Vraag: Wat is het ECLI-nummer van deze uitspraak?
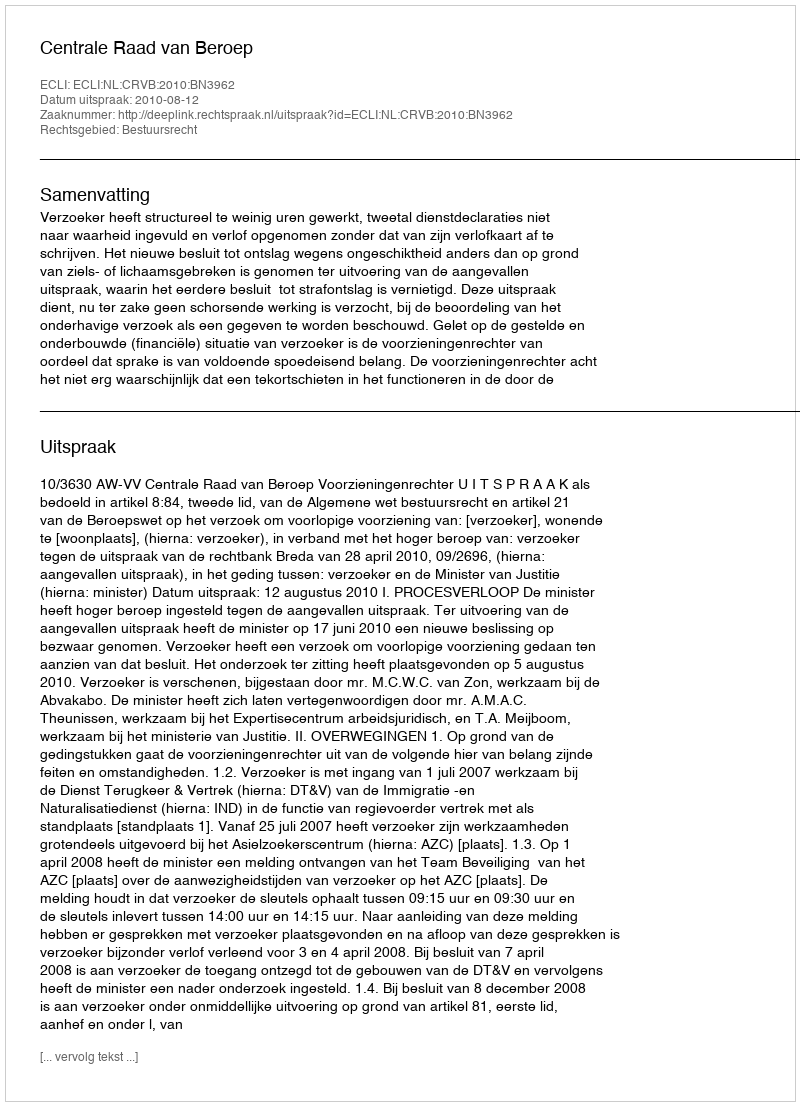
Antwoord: ECLI:NL:CRVB:2010:BN3962